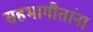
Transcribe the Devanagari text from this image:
सहभागीतांना